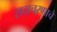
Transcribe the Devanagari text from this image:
सदाचरणाचे